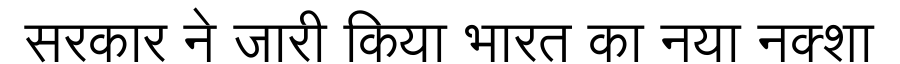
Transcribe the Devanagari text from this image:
सरकार ने जारी किया भारत का नया नक्शा